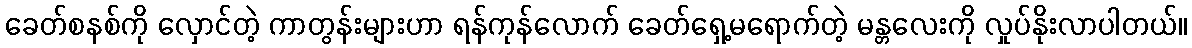
ခေတ်စနစ်ကို လှောင်တဲ့ ကာတွန်းများဟာ ရန်ကုန်လောက် ခေတ်ရှေ့မရောက်တဲ့ မန္တလေးကို လှုပ်နိုးလာပါတယ်။